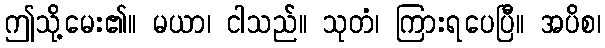
ဤသို့မေး၏။ မယာ၊ ငါသည်။ သုတံ၊ ကြားရပေပြီ။ အပိစ၊